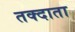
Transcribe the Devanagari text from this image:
तक्दाता